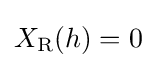
X_{\text{R}}(h)=0